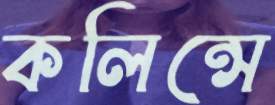
কলিন্সে